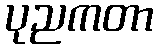
ပုညကတာ